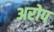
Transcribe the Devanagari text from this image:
अरोप